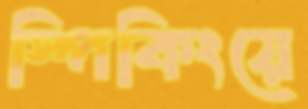
স্পিকিংয়ে